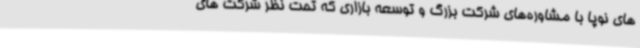
های نوپا با مشاوره‌های شرکت بزرگ و توسعه بازاری که تحت نظر شرکت ‌های